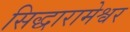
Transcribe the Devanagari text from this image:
सिद्धारामेश्वर